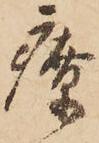
療